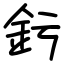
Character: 釫